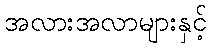
အလားအလာများနှင့်